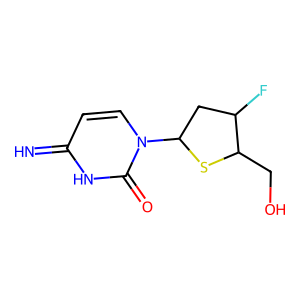
SMILES: N=c1ccn(C2CC(F)C(CO)S2)c(=O)[nH]1
Inhibits HIV replication: No